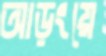
আড়ংয়ে